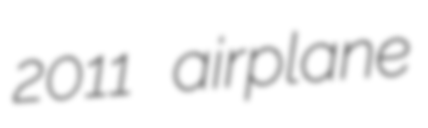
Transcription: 2011 airplane